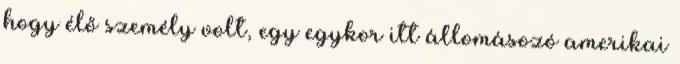
hogy élő személy volt, egy egykor itt állomásozó amerikai